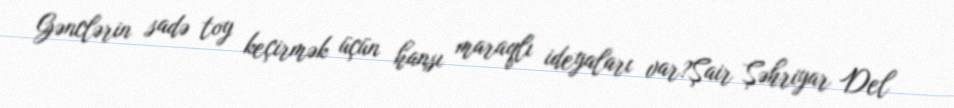
Gənclərin sadə toy keçirmək üçün hansı maraqlı ideyaları var?Şair Şəhriyar Del